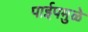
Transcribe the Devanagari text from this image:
पाईपमुळे